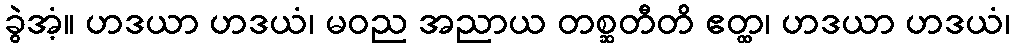
ခွဲအံ့။ ဟဒယာ ဟဒယံ၊ မဝည အညာယ တစ္ဆတီတိ ဧတ္ထ၊ ဟဒယာ ဟဒယံ၊